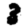
Digit: 3